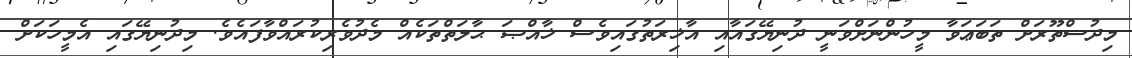
މިދުސްތޫރަށް ތަބަޢަވާ މީހުންނަށްވަނީ ދުނިޔޭގައާއި އާޚިރަތުގައިވެސް ޚާއްޞަ ޙާލަތްތަކެއް މެދުވެރިކުރައްވާފައެވެ. މިދުނިޔޭގައި އެމީހަކަށް